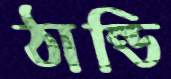
ঠান্ডি